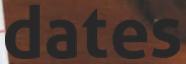
dates